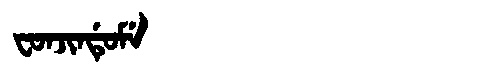
Manchu: ᠸᠣᠨᠵᡳᠨᡩᡠᠮᡝ
Romanization: FONJINDUME